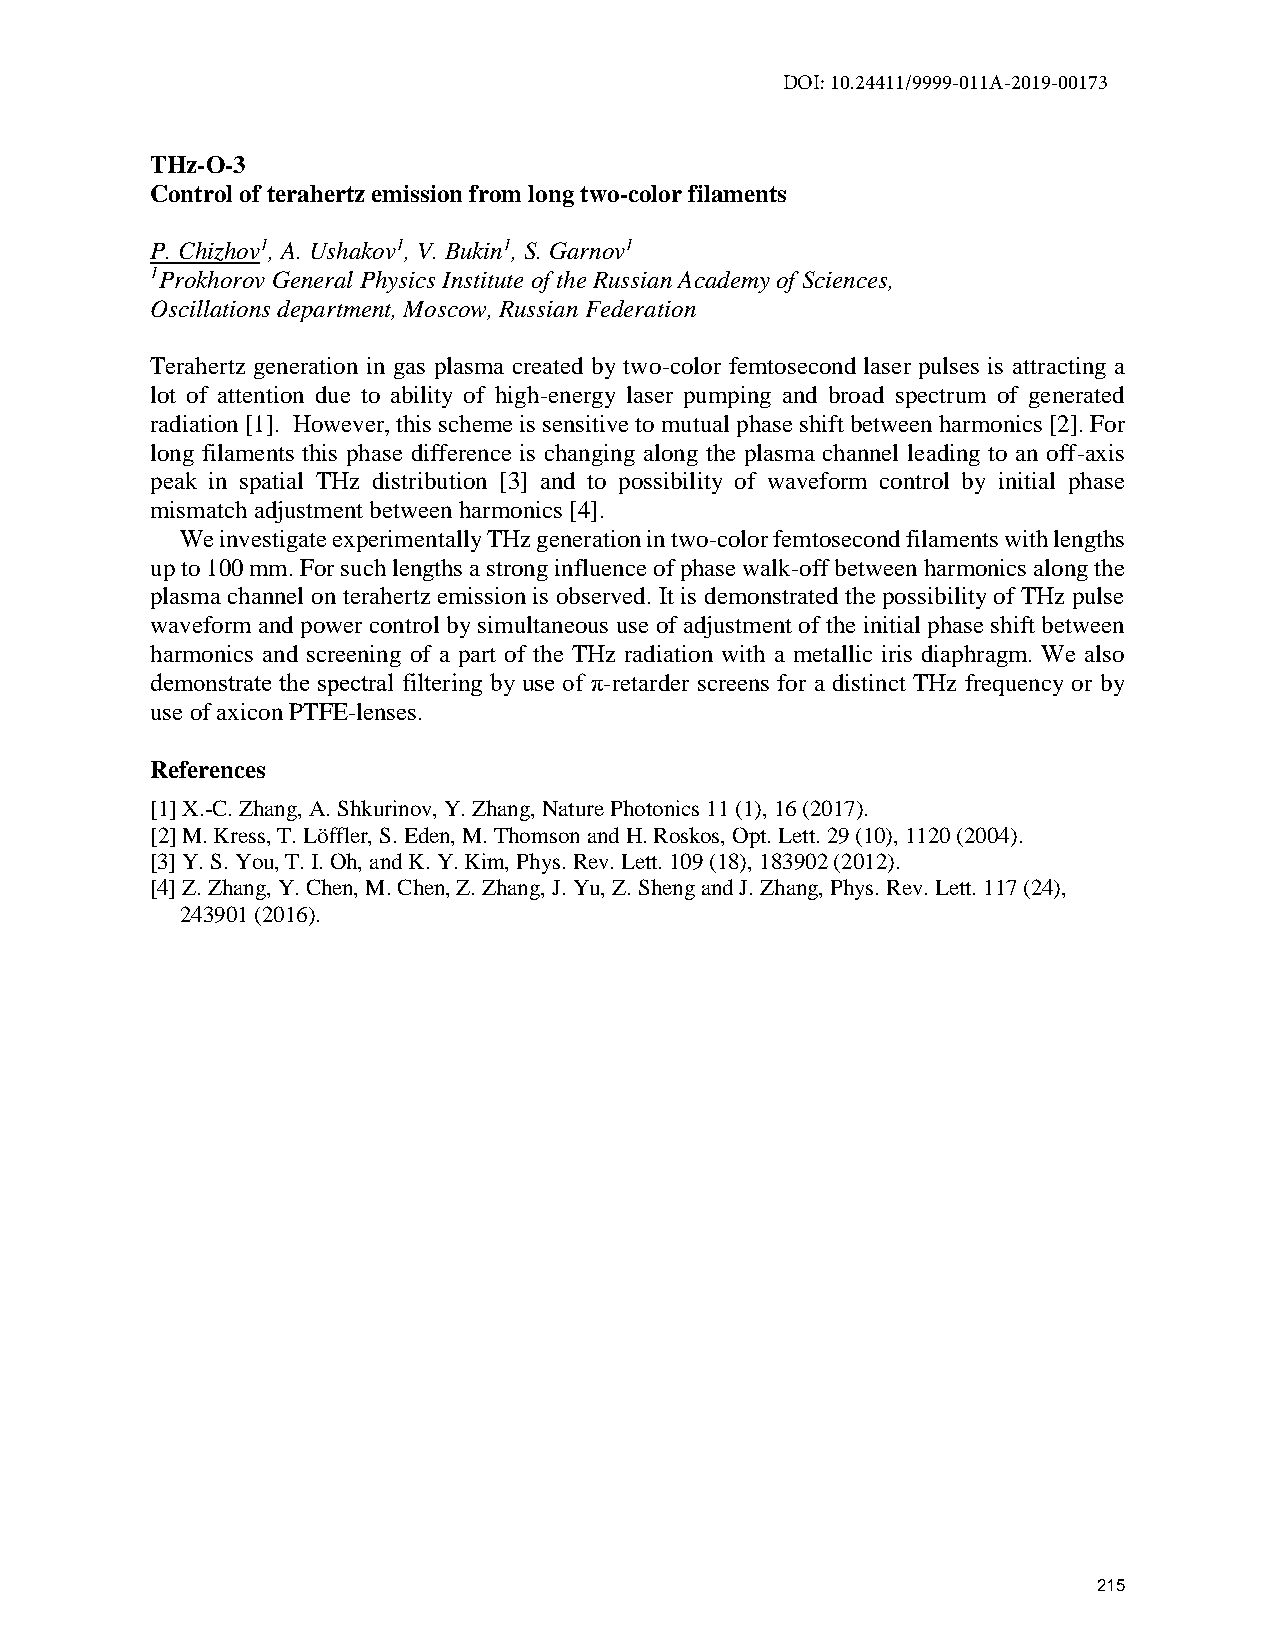
DOI: 10.24411/9999-011A-2019-00173
 THz-O-3
 Control of terahertz emission from long two-color filaments
 P. Chizhov1, A. Ushakov1, V. Bukin1, S. Garnov1
 1Prokhorov General Physics Institute of the Russian Academy of Sciences,
 Oscillations department, Moscow, Russian Federation
 Terahertz generation in gas plasma created by two-color femtosecond laser pulses is attracting a
 lot of attention due to ability of high-energy laser pumping and broad spectrum of generated
 radiation [1]. However, this scheme is sensitive to mutual phase shift between harmonics [2]. For
 long filaments this phase difference is changing along the plasma channel leading to an off-axis
 peak in spatial THz distribution [3] and to possibility of waveform control by initial phase
 mismatch adjustment between harmonics [4].
 We investigate experimentally THz generation in two-color femtosecond filaments with lengths
 up to 100 mm. For such lengths a strong influence of phase walk-off between harmonics along the
 plasma channel on terahertz emission is observed. It is demonstrated the possibility of THz pulse
 waveform and power control by simultaneous use of adjustment of the initial phase shift between
 harmonics and screening of a part of the THz radiation with a metallic iris diaphragm. We also
 demonstrate the spectral filtering by use of π-retarder screens for a distinct THz frequency or by
 use of axicon PTFE-lenses.
 References
 [1] X.-C. Zhang, A. Shkurinov, Y. Zhang, Nature Photonics 11 (1), 16 (2017).
 [2] M. Kress, T. Löffler, S. Eden, M. Thomson and H. Roskos, Opt. Lett. 29 (10), 1120 (2004).
 [3] Y. S. You, T. I. Oh, and K. Y. Kim, Phys. Rev. Lett. 109 (18), 183902 (2012).
 [4] Z. Zhang, Y. Chen, M. Chen, Z. Zhang, J. Yu, Z. Sheng and J. Zhang, Phys. Rev. Lett. 117 (24),
 243901 (2016).
 215